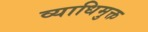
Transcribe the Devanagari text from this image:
व्याधिमुक्त